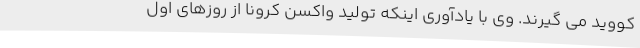
کووید می گیرند. وی با یادآوری اینکه تولید واکسن کرونا از روزهای اول